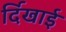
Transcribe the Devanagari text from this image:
र्दिखाई